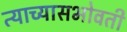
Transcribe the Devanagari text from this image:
त्याच्यासभोवती